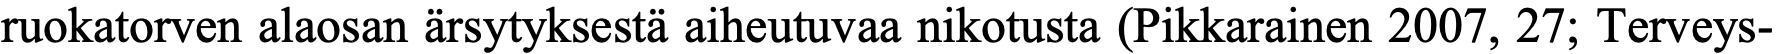
ruokatorven alaosan ärsytyksestä aiheutuvaa nikotusta (Pikkarainen 2007, 27; Terveys-